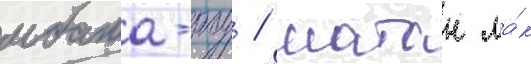
мбата-роу / натан ма́к